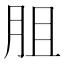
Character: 䏣